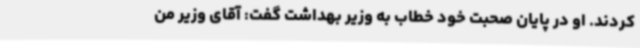
کردند. او در پایان صحبت خود خطاب به وزیر بهداشت گفت: آقای وزیر من